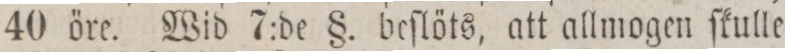
40 öre. Wid 7:de §. beſlöts, att allmogen ſkulle